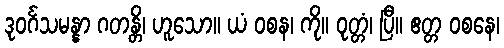
ဒုဝင်္ဂသမန္နာ ဂတန္တိ၊ ဟူသော။ ယံ ဝစန၊ ကို။ ဝုတ္တံ၊ ပြီ။ ဧတ္တ ဝစနေ၊